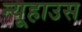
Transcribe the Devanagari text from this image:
न्यूहाउस